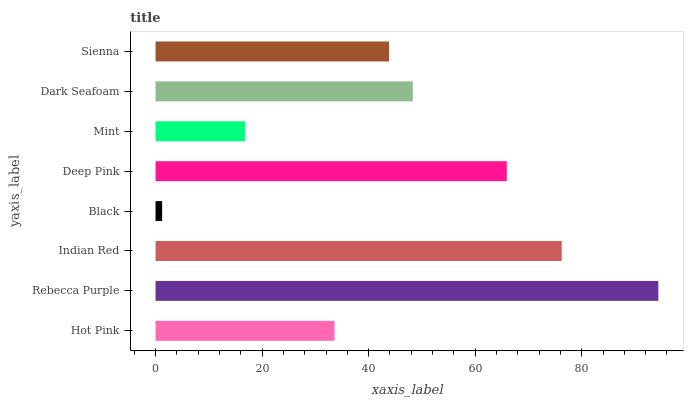
| yaxis_label | bars |
 | --- | --- |
 | Hot Pink | 33.6 |
 | Rebecca Purple | 94.4 |
 | Indian Red | 76.2 |
 | Black | 1.24 |
 | Deep Pink | 65.9 |
 | Mint | 16.8 |
 | Dark Seafoam | 48.3 |
 | Sienna | 43.8 |